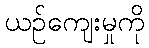
ယဉ်ကျေးမှုကို